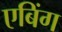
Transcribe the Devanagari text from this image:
एबिंग